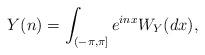
LaTeX: \begin{align*}Y(n)=\int_{(-\pi,\pi]} e^{inx} W_Y(dx),\end{align*}